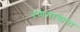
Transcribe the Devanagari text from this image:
रणगाड्यात